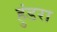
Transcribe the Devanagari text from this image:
हुंडरा